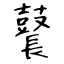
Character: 鼚